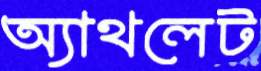
অ্যাথলেট